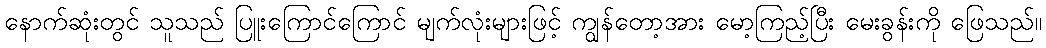
နောက်ဆုံးတွင် သူသည် ပြူးကြောင်ကြောင် မျက်လုံးများဖြင့် ကျွန်တော့အား မော့ကြည့်ပြီး မေးခွန်းကို ဖြေသည်။